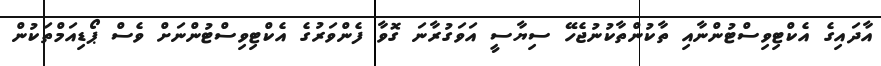
އާދައިގެ އެކްޓިވިސްޓުންނާއި ތާކުންތާކުނުޖެހޭ ސިޔާސީ އަވަގުރާނަ ގޮވާ ފެންވަރުގެ އެކްޓިވިސްޓުންނަށް ވެސް ޕޯޑިއަމްތަކުން